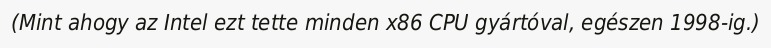
(Mint ahogy az Intel ezt tette minden x86 CPU gyártóval, egészen 1998-ig.)